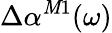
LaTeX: \Delta\alpha^{\mathit{M}1}(\omega)